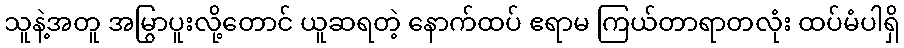
သူနဲ့အတူ အမြွာပူးလို့တောင် ယူဆရတဲ့ နောက်ထပ် ဧရာမ ကြယ်တာရာတလုံး ထပ်မံပါရှိ